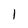
Character: I